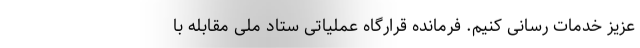
عزیز خدمات رسانی کنیم. فرمانده قرارگاه عملیاتی ستاد ملی مقابله با